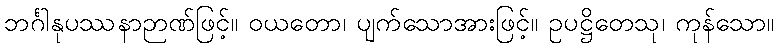
ဘင်္ဂါနုပဿနာဉာဏ်ဖြင့်။ ဝယတော၊ ပျက်သောအားဖြင့်။ ဥပဋ္ဌိတေသု၊ ကုန်သော။